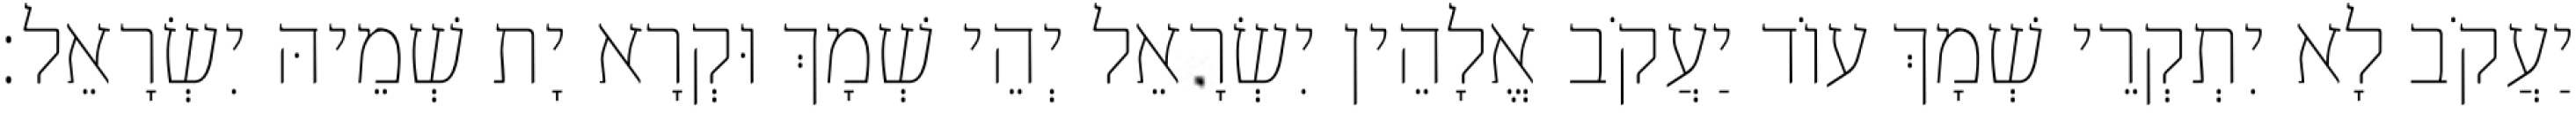
יַעֲקֹב לָא יִתְקְרֵי שְׁמָךְ עוֹד יַעֲקֹב אֱלָהֵין יִשְׂרָאֵל יְהֵי שְׁמָךְ וּקְרָא יָת שְׁמֵיהּ יִשְׂרָאֵל׃